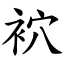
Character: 袕